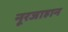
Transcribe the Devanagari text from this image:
नूरजाहान